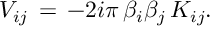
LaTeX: V _ { i j } \, = \, - 2 i \pi \, \beta _ { i } \beta _ { j } \, K _ { i j } .